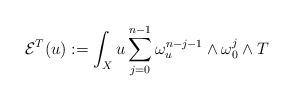
LaTeX: \begin{align*}\mathcal{E}^{T}(u):=\int_{X}u\sum_{j=0}^{n-1}\omega_{u}^{n-j-1}\wedge\omega_{0}^{j}\wedge T\end{align*}